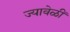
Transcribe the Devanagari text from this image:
ज्यावेळीं